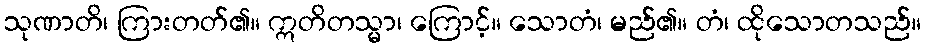
သုဏာတိ၊ ကြားတတ်၏။ ဣတိတသ္မာ၊ ကြောင့်။ သောတံ၊ မည်၏။ တံ၊ ထိုသောတသည်။